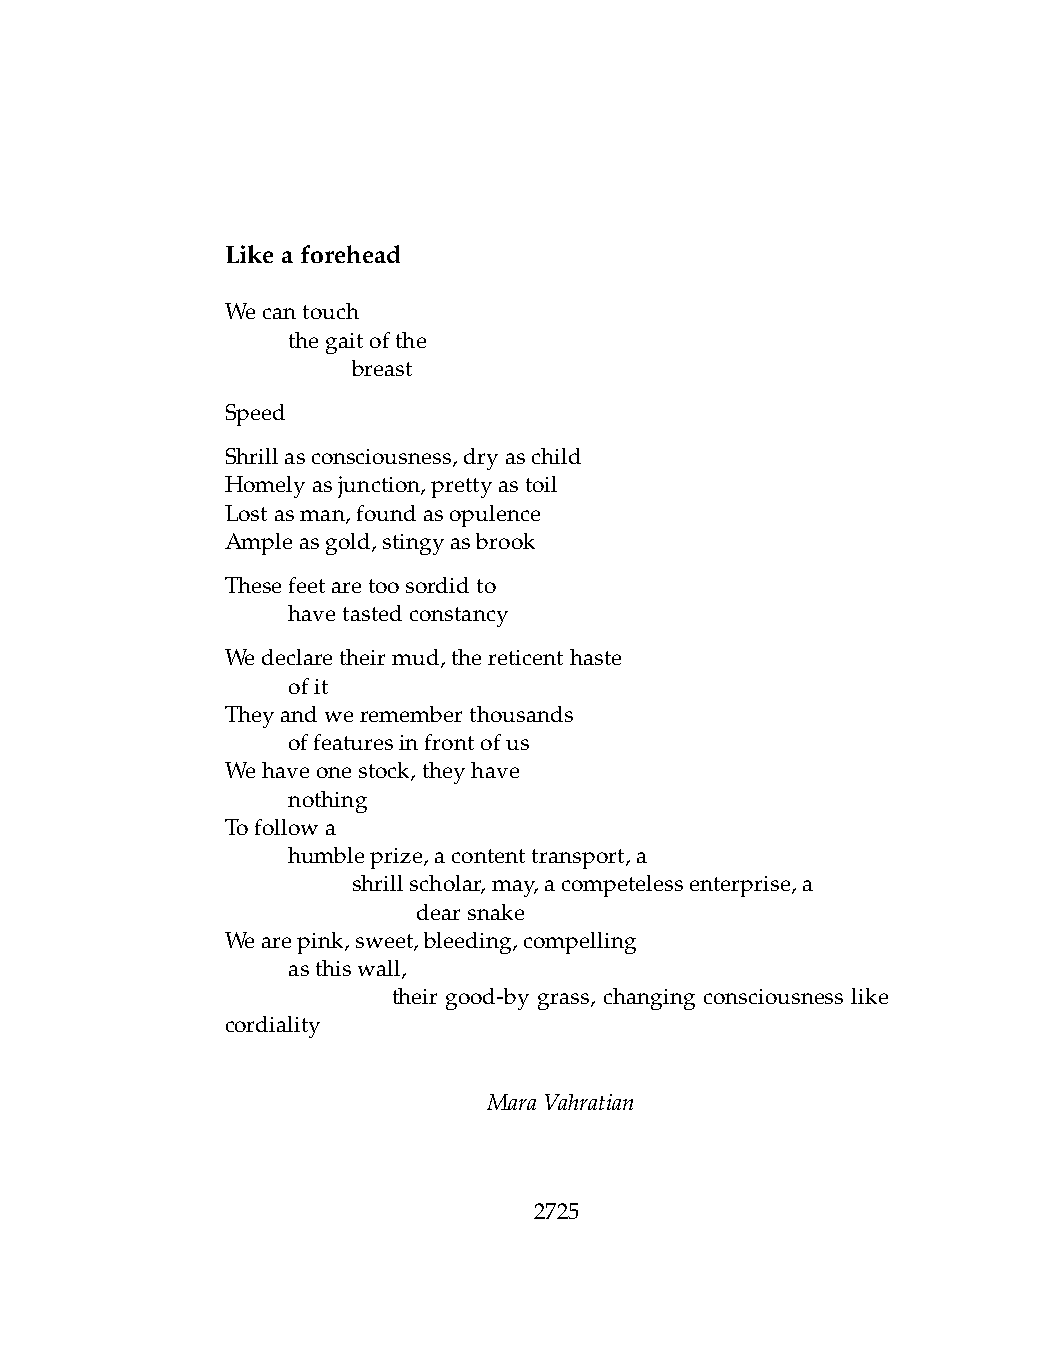
Likeaforehead
 Wecantouch
 .   thegaitofthe
 .   .   breast
 Speed
 Shrillasconsciousness,dryaschild
 Homelyasjunction,prettyastoil
 Lostasman,foundasopulence
 Ampleasgold,stingyasbrook
 Thesefeetaretoosordidto
 .   havetastedconstancy
 Wedeclaretheirmud,thereticenthaste
 .   ofit
 Theyandwerememberthousands
 .   offeaturesinfrontofus
 Wehaveonestock,theyhave
 .   nothing
 Tofollowa
 .   humbleprize,acontenttransport,a
 .   .   shrillscholar,may,acompetelessenterprise,a
 .   .   .    dearsnake
 Wearepink,sweet,bleeding,compelling
 .   asthiswall,
 .    .     their good-by grass, changing consciousness like
 cordiality
 MaraVahratian
 2725